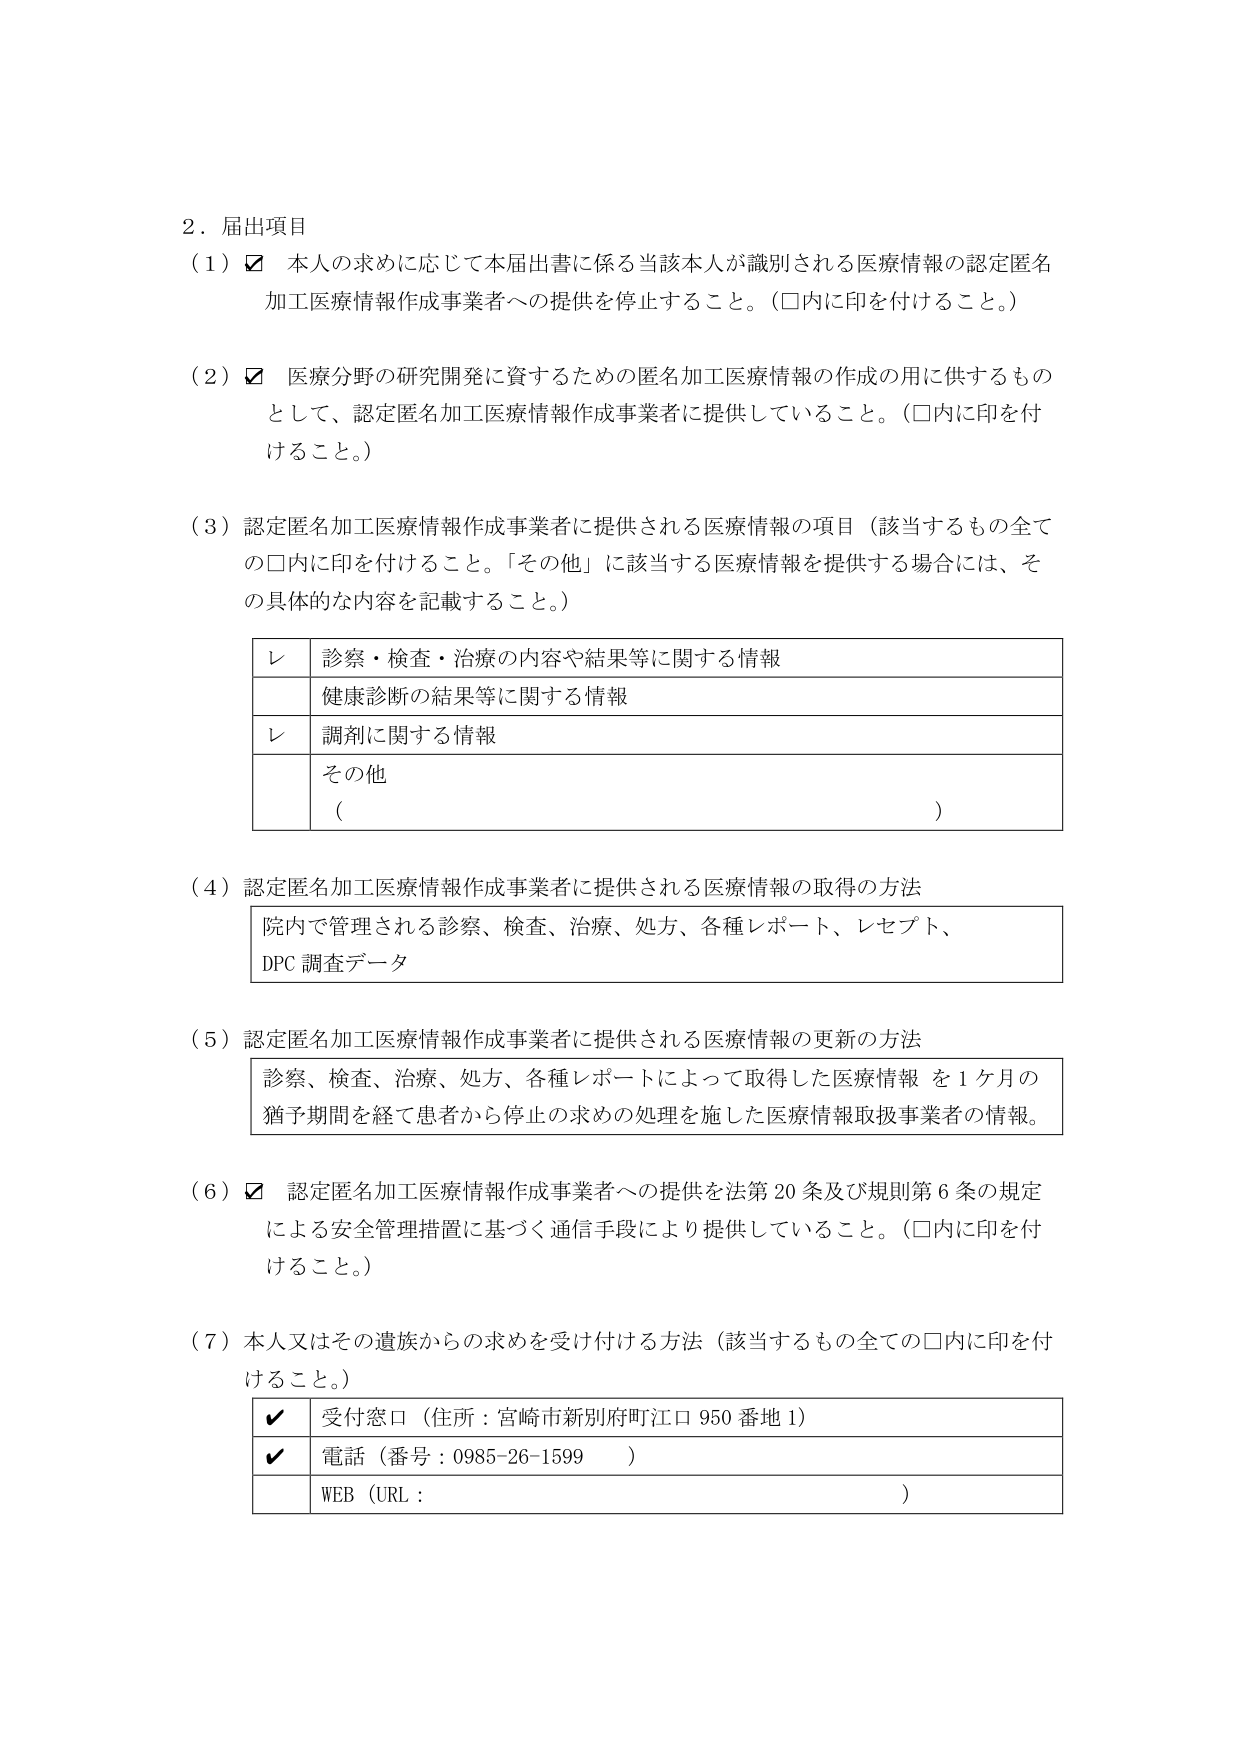
2．届出項目
（1）☑ 本人の求めに応じて本届出書に係る当該本人が識別される医療情報の認定匿名加工医療情報作成事業者への提供を停止すること。（□内に印を付けること。）

（2）☑ 医療分野の研究開発に資するための匿名加工医療情報の作成の用に供するものとして、認定匿名加工医療情報作成事業者に提供していること。（□内に印を付けること。）

（3）認定匿名加工医療情報作成事業者に提供される医療情報の項目（該当するもの全ての□内に印を付けること。「その他」に該当する医療情報を提供する場合には、その具体的な内容を記載すること。）

レ 診察・検査・治療の内容や結果等に関する情報
　 健康診断の結果等に関する情報
レ 調剤に関する情報
　 その他
　（　　　　　　　　　　　　　　　　　　　　　　　　　　　　　　　　　　　　　　　）

（4）認定匿名加工医療情報作成事業者に提供される医療情報の取得の方法
院内で管理される診察、検査、治療、処方、各種レポート、レセプト、
DPC調査データ

（5）認定匿名加工医療情報作成事業者に提供される医療情報の更新の方法
診察、検査、治療、処方、各種レポートによって取得した医療情報を1ヶ月の猶予期間を経て患者から停止の求めの処理を施した医療情報取扱事業者の情報。

（6）☑ 認定匿名加工医療情報作成事業者への提供を法第20条及び規則第6条の規定による安全管理措置に基づく通信手段により提供していること。（□内に印を付けること。）

（7）本人又はその遺族からの求めを受け付ける方法（該当するもの全ての□内に印を付けること。）
✔ 受付窓口（住所：宮崎市新別府町江口950番地1）
✔ 電話（番号：0985-26-1599　）
　 WEB（URL：　　　　　　　　　　　　　　　　　　　　　　　　　　　　　　　　　　）